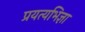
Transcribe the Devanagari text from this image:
प्रयत्यभिज्ञा